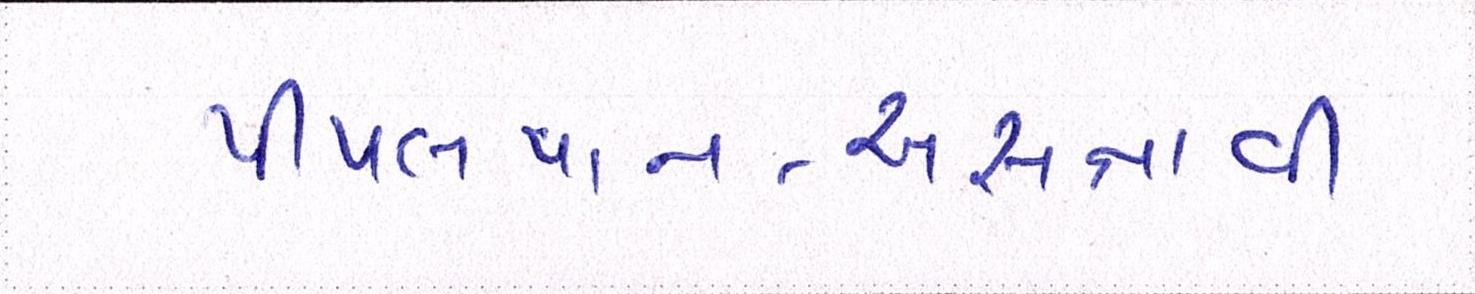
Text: પીપલપાન-અસનાવી